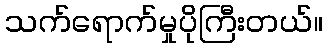
သက်ရောက်မှုပိုကြီးတယ်။